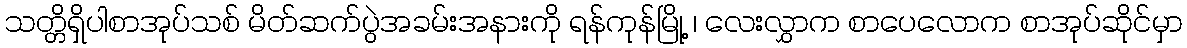
သတ္တိရှိပါစာအုပ်သစ် မိတ်ဆက်ပွဲအခမ်းအနားကို ရန်ကုန်မြို့ ၊ လေးလွှာက စာပေလောက စာအုပ်ဆိုင်မှာ